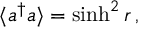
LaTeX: \langle a ^ { \dagger } a \rangle = \sinh ^ { 2 } r \, ,